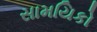
સામયિકો